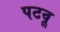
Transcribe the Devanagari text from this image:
पटवू